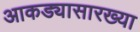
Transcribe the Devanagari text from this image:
आकड्यासारख्या